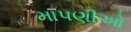
માપણીઓ